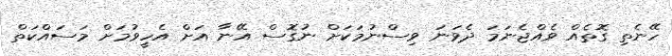
ހޭނެތި ގޮތެއް ވެއްޖެނަމަ ދެވަނަ ވިސްނުމަކަށް ނުގޮސް އޭނާ އަށް އެހީވުމަށް މަސައްކަތް